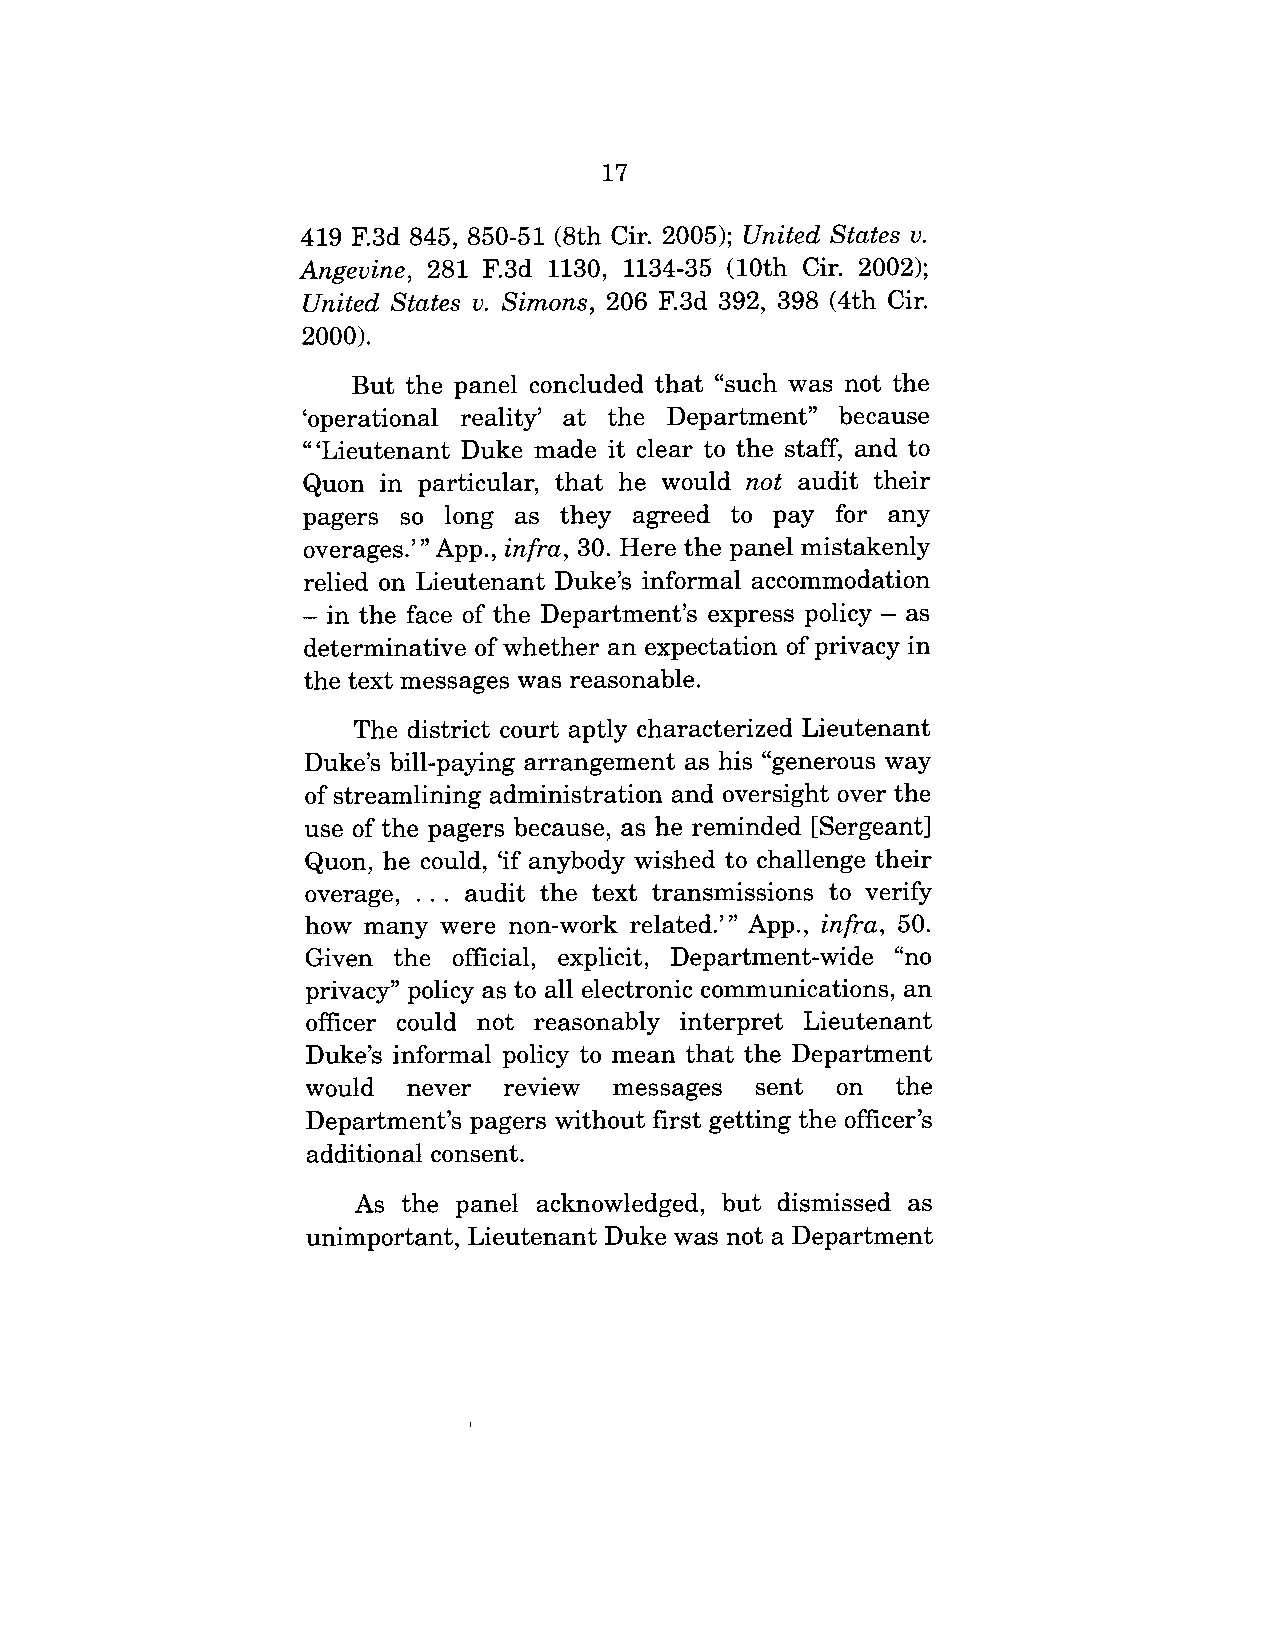
17
 419 F.3d 845, 850-51 (8th Cir. 2005); United States v.
 Angevine, 281 F.3d 1130, 1134-35 (10th Cir. 2002);
 United States v. Simons, 206 F.3d 392, 398 (4th Cir.
 2000).
 But the panel concluded that "such was not the
 ’operational reality’ at the Department" because
 "’Lieutenant Duke made it clear to the staff, and to
 Quon in particular, that he would not audit their
 pagers so long as they agreed to pay for any
 overages.’" App., infra, 30. Here the panel mistakenly
 relied on Lieutenant Duke’s informal accommodation
 - in the face of the Department’s express policy - as
 determinative of whether an expectation of privacy in
 the text messages was reasonable.
 The district court aptly characterized Lieutenant
 Duke’s bill-paying arrangement as his "generous way
 of streamlining administration and oversight over the
 use of the pagers because, as he reminded [Sergeant]
 Quon, he could, ’if anybody wished to challenge their
 overage, ... audit the text transmissions to verify
 how many were non-work related.’" App., infra, 50.
 Given the official, explicit, Department-wide "no
 privacy" policy as to all electronic communications, an
 officer could not reasonably interpret Lieutenant
 Duke’s informal policy to mean that the Department
 would  never  review messages   sent on the
 Department’s pagers without first getting the officer’s
 additional consent.
 As the panel acknowledged, but dismissed as
 unimportant, Lieutenant Duke was not a Department